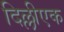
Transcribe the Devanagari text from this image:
दिल्लीएक